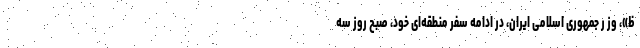
ظ»، وز ر جمهوری اسلامی ایران، در ادامه سفر منطقه‌ای خود، صبح روز سه